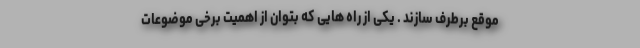
موقع برطرف سازند . یکی از راه هایی که بتوان از اهمیت برخی موضوعات